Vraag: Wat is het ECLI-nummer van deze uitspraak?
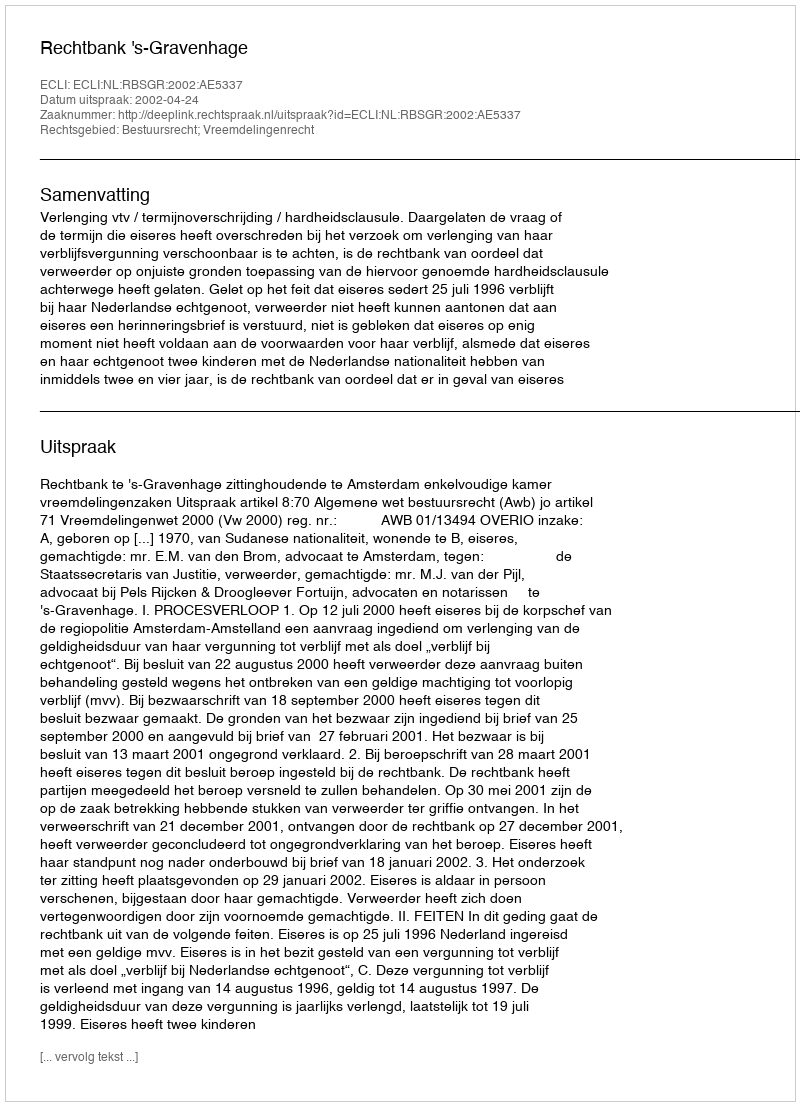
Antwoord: ECLI:NL:RBSGR:2002:AE5337